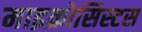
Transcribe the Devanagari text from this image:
माइक्रोसिस्टस